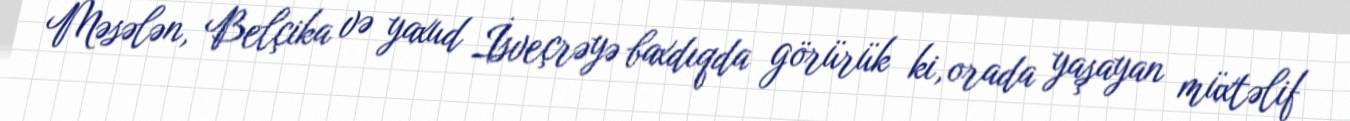
Məsələn, Belçika və yaxud İsveçrəyə baxdıqda görürük ki, orada yaşayan müxtəlif